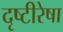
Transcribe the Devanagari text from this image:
दृष्टीरेषा